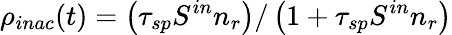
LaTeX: \rho_{inac}(t)=\left(\tau_{sp}S^{in}n_{r}\right)/\left(1+\tau_{sp}S^{in}n_{r}\right)